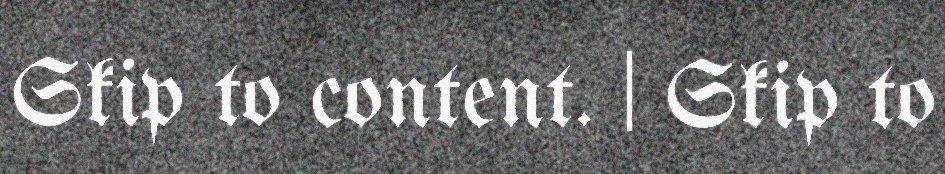
Skip to content. | Skip to